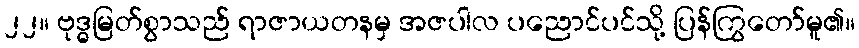
၂၂။ ဗုဒ္ဓမြတ်စွာသည် ရာဇာယတနမှ အဇပါလ ပညောင်ပင်သို့ ပြန်ကြွတော်မူ၏။